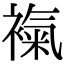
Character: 𧜃